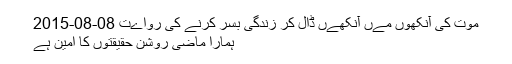
موت کی آنکھوں مےں آنکھےں ڈال کر زندگی بسر کرنے کی رواےت 08-08-2015
ہمارا ماضی روشن حقیقتوں کا امین ہے